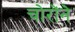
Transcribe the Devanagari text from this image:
चोरोंने